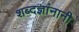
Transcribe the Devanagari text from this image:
शब्दज्ञांनानी